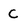
Character: c